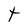
Character: t